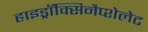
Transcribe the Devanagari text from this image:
हाइड्रॉक्सिनैप्शेलेट